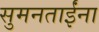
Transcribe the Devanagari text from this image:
सुमनताईंना